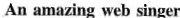
An amazing web singer